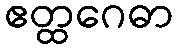
ဧတ္ထဂေဓာ